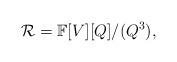
LaTeX: \begin{align*}\mathcal{R} = \mathbb{F}[V][Q]/(Q^3),\end{align*}